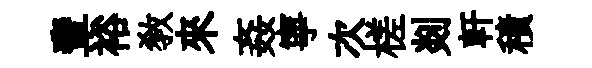
輩裕敎來姦寧次槎剡軒積